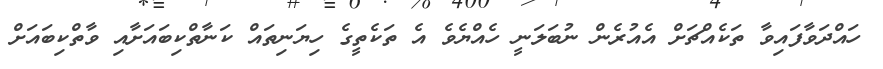
ހައްދަވާފައިވާ ތަކެއްޗަށް އެއުރެން ނުބަލަނީ ހެއްޔެވެ އެ ތަކެތީގެ ހިޔަނިތައް ކަނާތްކިބައަށާއި ވާތްކިބައަށް